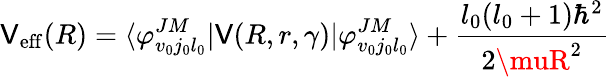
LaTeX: \mathsf{V}_{\mathrm{{eff}}}(R)=\langle\varphi_{v_{0}j_{0}l_{0}}^{JM}|\mathsf{V}(R,r,\gamma)|\varphi_{v_{0}j_{0}l_{0}}^{JM}\rangle+\frac{{l_{0}(l_{0}+1)\hbar^{2}}}{{2\muR^{2}}}